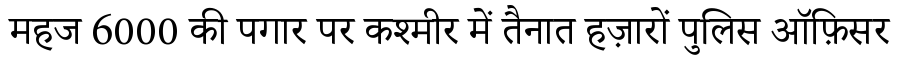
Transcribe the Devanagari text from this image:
महज 6000 की पगार पर कश्मीर में तैनात हज़ारों पुलिस ऑफ़िसर